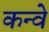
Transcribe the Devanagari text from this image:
कन्वे